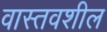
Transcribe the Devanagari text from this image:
वास्तवशील